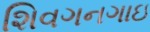
શિવગનગાઇ